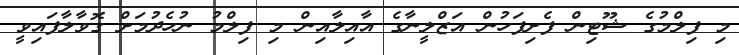
މި ފިލްމުގެ ޝޫޓިން ފެށިފަހުން އަޒްލީނާގެ އާއިލާއިން މި ފިލްމު ނުހެދުމަށް ގޮވާލާފައިވީ